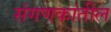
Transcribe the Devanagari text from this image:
संगणकांतील